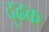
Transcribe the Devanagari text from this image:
दृढक